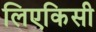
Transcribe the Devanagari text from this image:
लिएकिसी